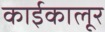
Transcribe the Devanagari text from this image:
काईकालूर